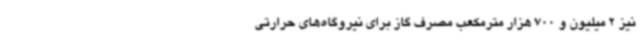
نیز 2 میلیون و 700 هزار مترمکعب مصرف گاز برای نیروگاه‌های حرارتی